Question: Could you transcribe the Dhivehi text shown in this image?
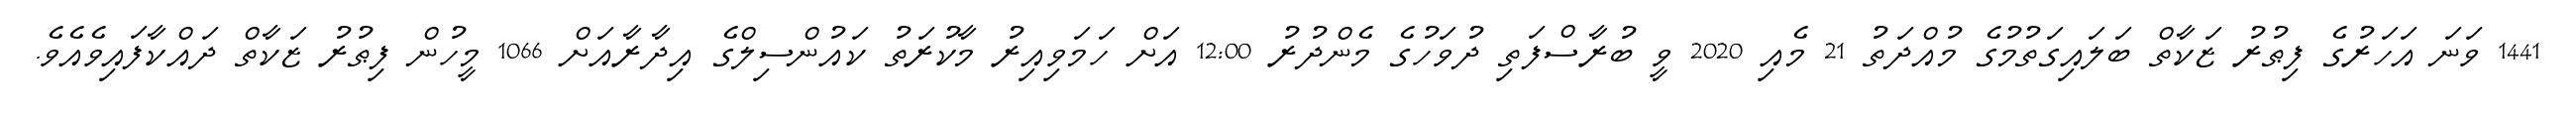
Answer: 1441 ވަނަ އަހަރުގެ ފިޠުރު ޒަކާތް ބަލައިގަތުމުގެ މުއްދަތު 21 މެއި 2020 ވީ ބުރާސްފަތި ދުވަހުގެ މެންދުރު 12:00 އަށް ހަމަވިއިރު މާކުރަތު ކައުންސިލްގެ އިދާރާއަށް 1066 މީހުން ފިޠުރު ޒަކާތް ދައްކާފައިވެއެވެ.